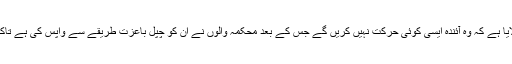
اب انہوں نے محکمہ تحفظ حیوانات کو یقین دلایا ہے کہ وہ آئندہ ایسی کوئی حرکت نہیں کریں گے جس کے بعد محکمہ والوں نے ان کو چپل باعزت طریقے سے واپس کی ہے تاکہ وہ انہیں عید پر وزیراعظم کو پیش کر سکیں۔